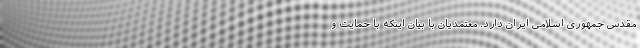
مقدس جمهوری اسلامی ایران دارد. معتمدیان با بیان اینکه با حمایت و